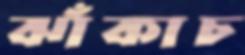
ঝাঁকাচ